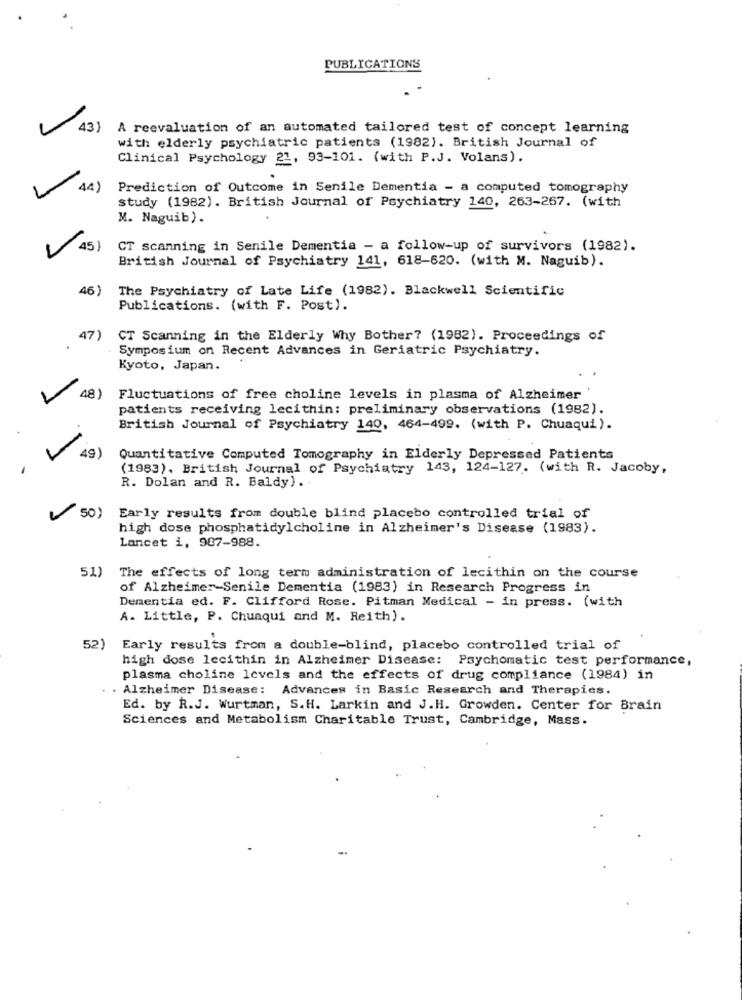
PUBLICATIONS
43)
A reevaluation of an automated tailored test of concept learning
with elderly psychiatric patients (1982). British Journal of
Clinical Psychology 21, 93-101. (with P.J. Volans).
44)
Prediction of Outcome in Senile Dementia - a computed tomography
study (1982). British Journal of Psychiatry 140, 263-267. (with
M. Naguib).
45)
CT scanning in Senile Dementia - a follow-up of survivors (1982).
British Journal of Psychiatry 141, 618-620. (with M. Naguib).
46)
The Psychiatry of Late Life (1982). Blackwell Scientific
Publications. (with F. Post).
47)
CT Scanning in the Elderly Why Bother? (1982). Proceedings of
Symposium on Recent Advances in Geriatric Psychiatry.
Kyoto, Japan.
48)
Fluctuations of free choline levels in plasma of Alzheimer
patients receiving lecithin: preliminary observations (1982).
British Journal of Psychiatry 140, 464-499. (with P. Chuaqui).
49)
Quantitative Computed Tomography in Elderly Depressed Patients
(1983). British Journal of Psychiatry 143, 124-127. (with R. Jacoby,
R. Dolan and R. Baldy). .
50)
Early results from double blind placebo controlled trial of
high dose phosphatidylcholine in Alzheimer's Disease (1983).
Lancet i, 987-988.
51)
The effects of long term administration of lecithin on the course
of Alzheimer-Senile Dementia (1983) in Research Progress in
Dementia ed. F. Clifford Rose. Pitman Medical - in press. (with
A. Little, P. Chuaqui and M. Reith).
52) Early results from a double-blind, placebo controlled trial of
high dose lecithin in Alzheimer Disease: Psychomatic test performance,
plasma choline levels and the effects of drug compliance (1984) in
. Alzheimer Disease: Advances in Basic Research and Therapies.
Ed. by R.J. Wurtman, S.H. Larkin and J.H. Growden. Center for Brain
Sciences and Metabolism Charitable Trust, Cambridge, Mass.